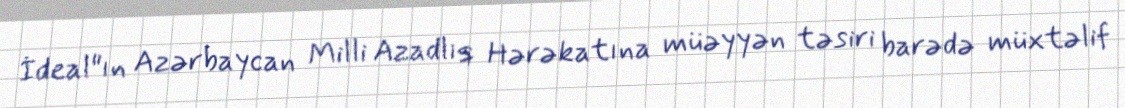
İdeal"ın Azərbaycan Milli Azadlıq Hərəkatına müəyyən təsiri barədə müxtəlif